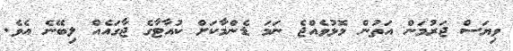
ވިޔަސް ޖަރުމަން އަތުން މޮޅުވެއްޖެ ނަމަ ޑެންމާކަށް ކުއާޓާގެ ޖާގައެއް ލިބޭނެ އެވެ.